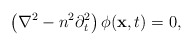
\begin{align*}\left(\nabla^2 - n^2 \partial_t^2\right)\phi({\bf x},t) = 0,\end{align*}